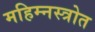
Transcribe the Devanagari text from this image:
महिम्नस्त्रोत